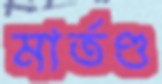
মার্তণ্ড